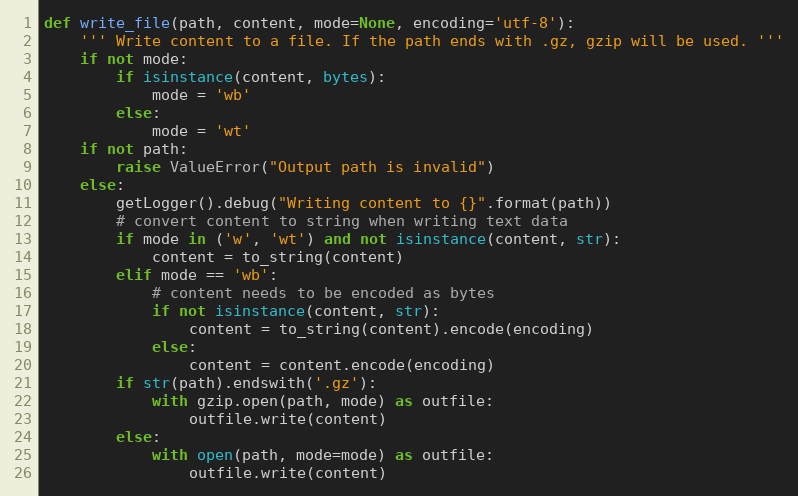
Language: Python
def write_file(path, content, mode=None, encoding='utf-8'):
    ''' Write content to a file. If the path ends with .gz, gzip will be used. '''
    if not mode:
        if isinstance(content, bytes):
            mode = 'wb'
        else:
            mode = 'wt'
    if not path:
        raise ValueError("Output path is invalid")
    else:
        getLogger().debug("Writing content to {}".format(path))
        # convert content to string when writing text data
        if mode in ('w', 'wt') and not isinstance(content, str):
            content = to_string(content)
        elif mode == 'wb':
            # content needs to be encoded as bytes
            if not isinstance(content, str):
                content = to_string(content).encode(encoding)
            else:
                content = content.encode(encoding)
        if str(path).endswith('.gz'):
            with gzip.open(path, mode) as outfile:
                outfile.write(content)
        else:
            with open(path, mode=mode) as outfile:
                outfile.write(content)